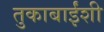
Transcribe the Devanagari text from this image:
तुकाबाईंशी